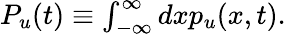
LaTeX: \begin{array}{r}{P_{u}(t)\equiv\int_{-\infty}^{\infty}dxp_{u}(x,t).}\end{array}